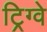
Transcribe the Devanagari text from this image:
ट्रिग्वे